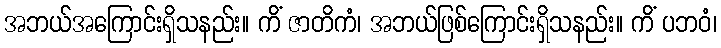
အဘယ်အကြောင်းရှိသနည်း။ ကိံ ဇာတိကံ၊ အဘယ်ဖြစ်ကြောင်းရှိသနည်း။ ကိံ ပဘဝံ၊